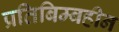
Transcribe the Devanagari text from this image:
प्रतिबिम्बहीन